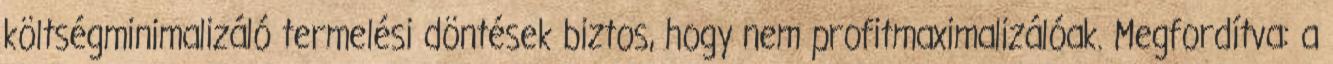
költségminimalizáló termelési döntések biztos, hogy nem profitmaximalizálóak. Megfordítva: a